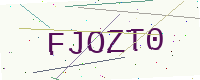
Text: FJOZT0